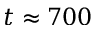
t \approx 7 0 0